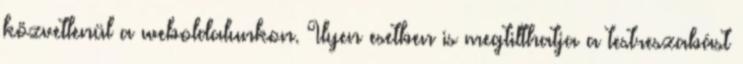
közvetlenül a weboldalunkon. Ilyen esetben is megtilthatja a testreszabást